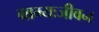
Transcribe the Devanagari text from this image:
ग्राम्यःजीवन